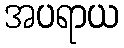
အပရာယ